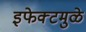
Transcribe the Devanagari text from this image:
इफेक्टमुळे